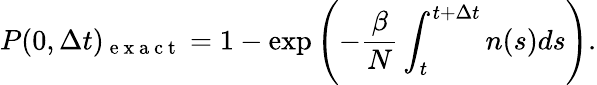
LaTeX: P(0,\Delta t)_{\mathrm{~e~x~a~c~t~}}=1-\exp{\left(-\frac{\beta}{N}\int_{t}^{t+\Delta t}n(s)ds\right)}.